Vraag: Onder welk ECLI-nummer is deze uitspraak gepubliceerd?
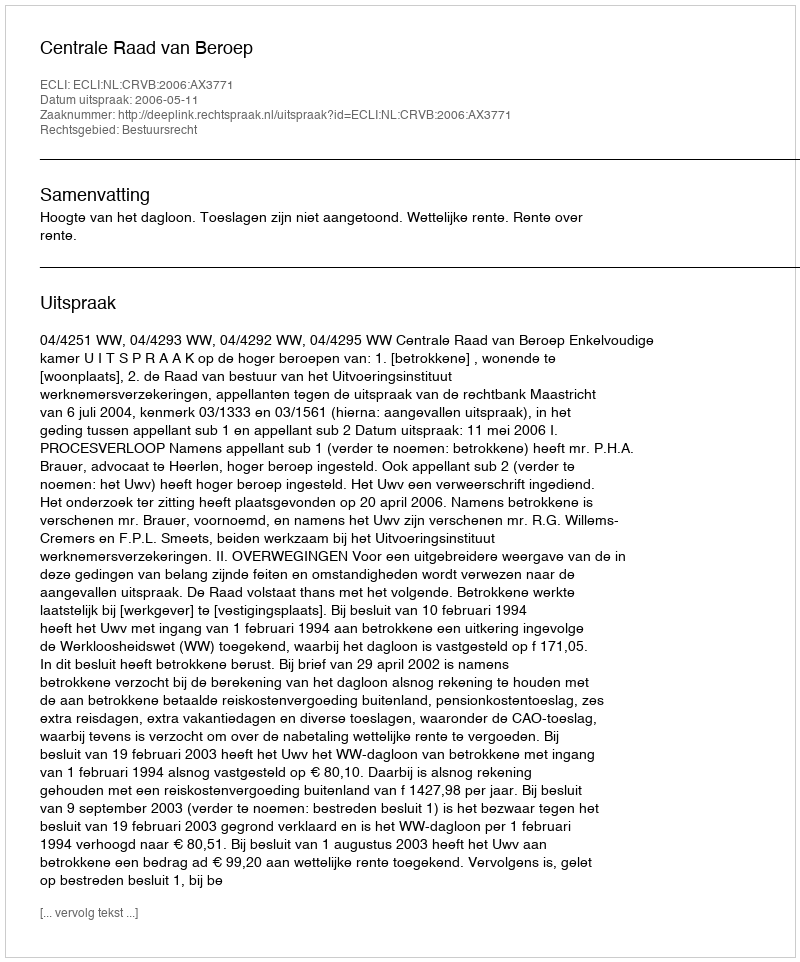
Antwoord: ECLI:NL:CRVB:2006:AX3771